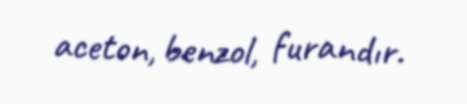
aceton, benzol, furandır.